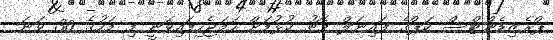
ޕްރެޒިޑެންޓްސް ކަޕްގެ ފައިނަލް މެޗު ކުޅުމަށް ހަމަޖެހިފައިވަނީ މި މަހުގެ 30 ވަނަ